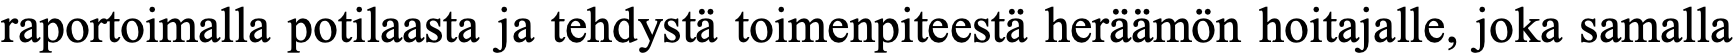
raportoimalla potilaasta ja tehdystä toimenpiteestä heräämön hoitajalle, joka samalla